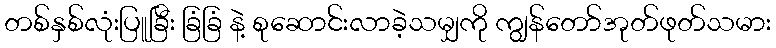
တစ်နှစ်လုံးပြူခြီး ခြံခြံ နဲ့ စုဆောင်းလာခဲ့သမျှကို ကျွန်တော်အုတ်ဖုတ်သမား